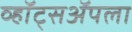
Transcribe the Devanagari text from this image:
व्हॉट्सॲपला